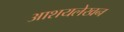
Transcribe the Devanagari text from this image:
आशयलेखन